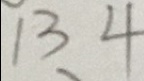
1 3 4